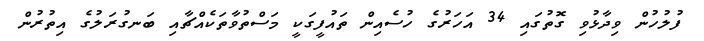
ފުލުހުން ވިދާޅުވި ގޮތުގައި 34 އަހަރުގެ ހުސެއިން ތައުފީގަކީ މަސްތުވާތަކެއްޗާއި ބަނގުރަލުގެ އިތުރުން